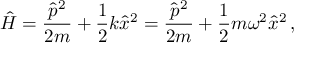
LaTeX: { \hat { H } } = { \frac { { \hat { p } } ^ { 2 } } { 2 m } } + { \frac { 1 } { 2 } } k { \hat { x } } ^ { 2 } = { \frac { { \hat { p } } ^ { 2 } } { 2 m } } + { \frac { 1 } { 2 } } m \omega ^ { 2 } { \hat { x } } ^ { 2 } \, ,